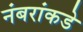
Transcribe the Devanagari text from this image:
नंबरांकडे